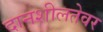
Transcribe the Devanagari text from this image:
दानशीलतेवर